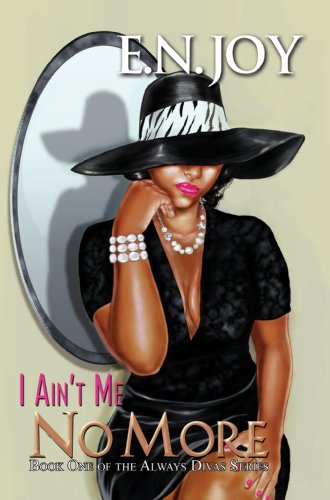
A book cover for I Ain't Me No More:: Book One of the Always Diva Series (Urban Books); E.N. Joy; Christian Books & Bibles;